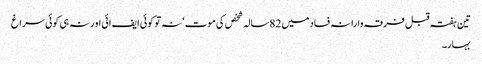
تین ہفتہ قبل فرقہ وارانہ فساد میں 82سالہ شخص کی موت‘ نہ تو کوئی ایف ائی او رنہ ہی کوئی سراغ
بہار۔